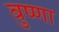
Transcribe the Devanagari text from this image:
वुष्णा